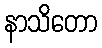
နာသိတော